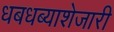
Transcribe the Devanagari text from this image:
धबधब्याशेजारी